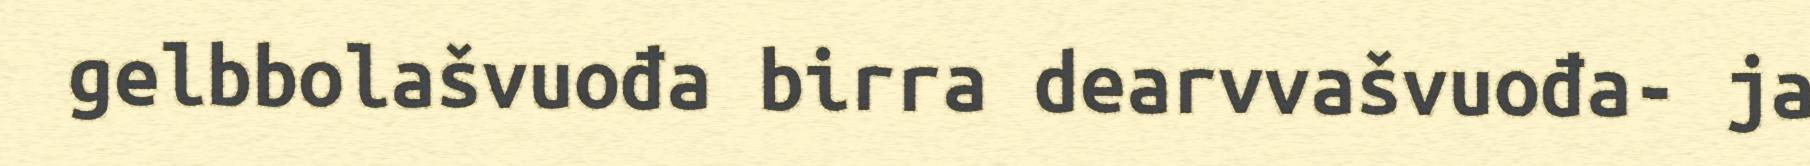
gelbbolašvuođa birra dearvvašvuođa- ja